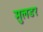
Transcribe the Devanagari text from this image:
मुलडर